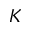
K